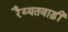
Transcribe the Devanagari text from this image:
रैय्यतवाड़ी